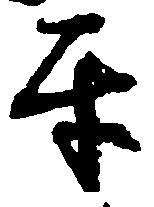
互